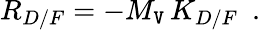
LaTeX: R_{D/F}=-M_{\mathtt{V}}\, K_{D/F}\, \, \, .